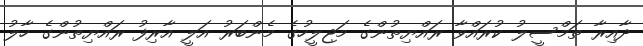
ދާއިރާ ތަމްސީލު ކުރައްވާ ރައްޔިތުންގެ މަޖިލީހުގެ މެންބަރު އަލީ އާރިފު ރައްޔިތުންގެ ހާލު